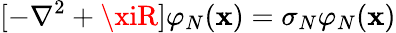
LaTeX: [-\nabla^{2}+\xiR]\varphi_{N}(\mathbf{x})=\sigma_{N}\varphi_{N}(\mathbf{x})